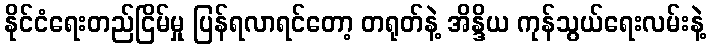
နိုင်ငံရေးတည်ငြိမ်မှု ပြန်ရလာရင်တော့ တရုတ်နဲ့ အိန္ဒိယ ကုန်သွယ်ရေးလမ်းနဲ့